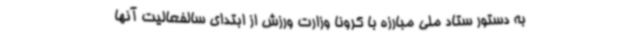
به دستور ستاد ملی مبارزه با کرونا وزارت ورزش از ابتدای سالفعالیت آنها